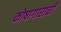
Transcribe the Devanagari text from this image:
कोषागाराची